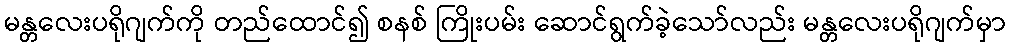
မန္တလေးပရိုဂျက်ကို တည်ထောင်၍ စနစ် ကြိုးပမ်း ဆောင်ရွက်ခဲ့သော်လည်း မန္တလေးပရိုဂျက်မှာ